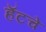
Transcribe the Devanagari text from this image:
हॅटचे